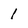
Character: 1